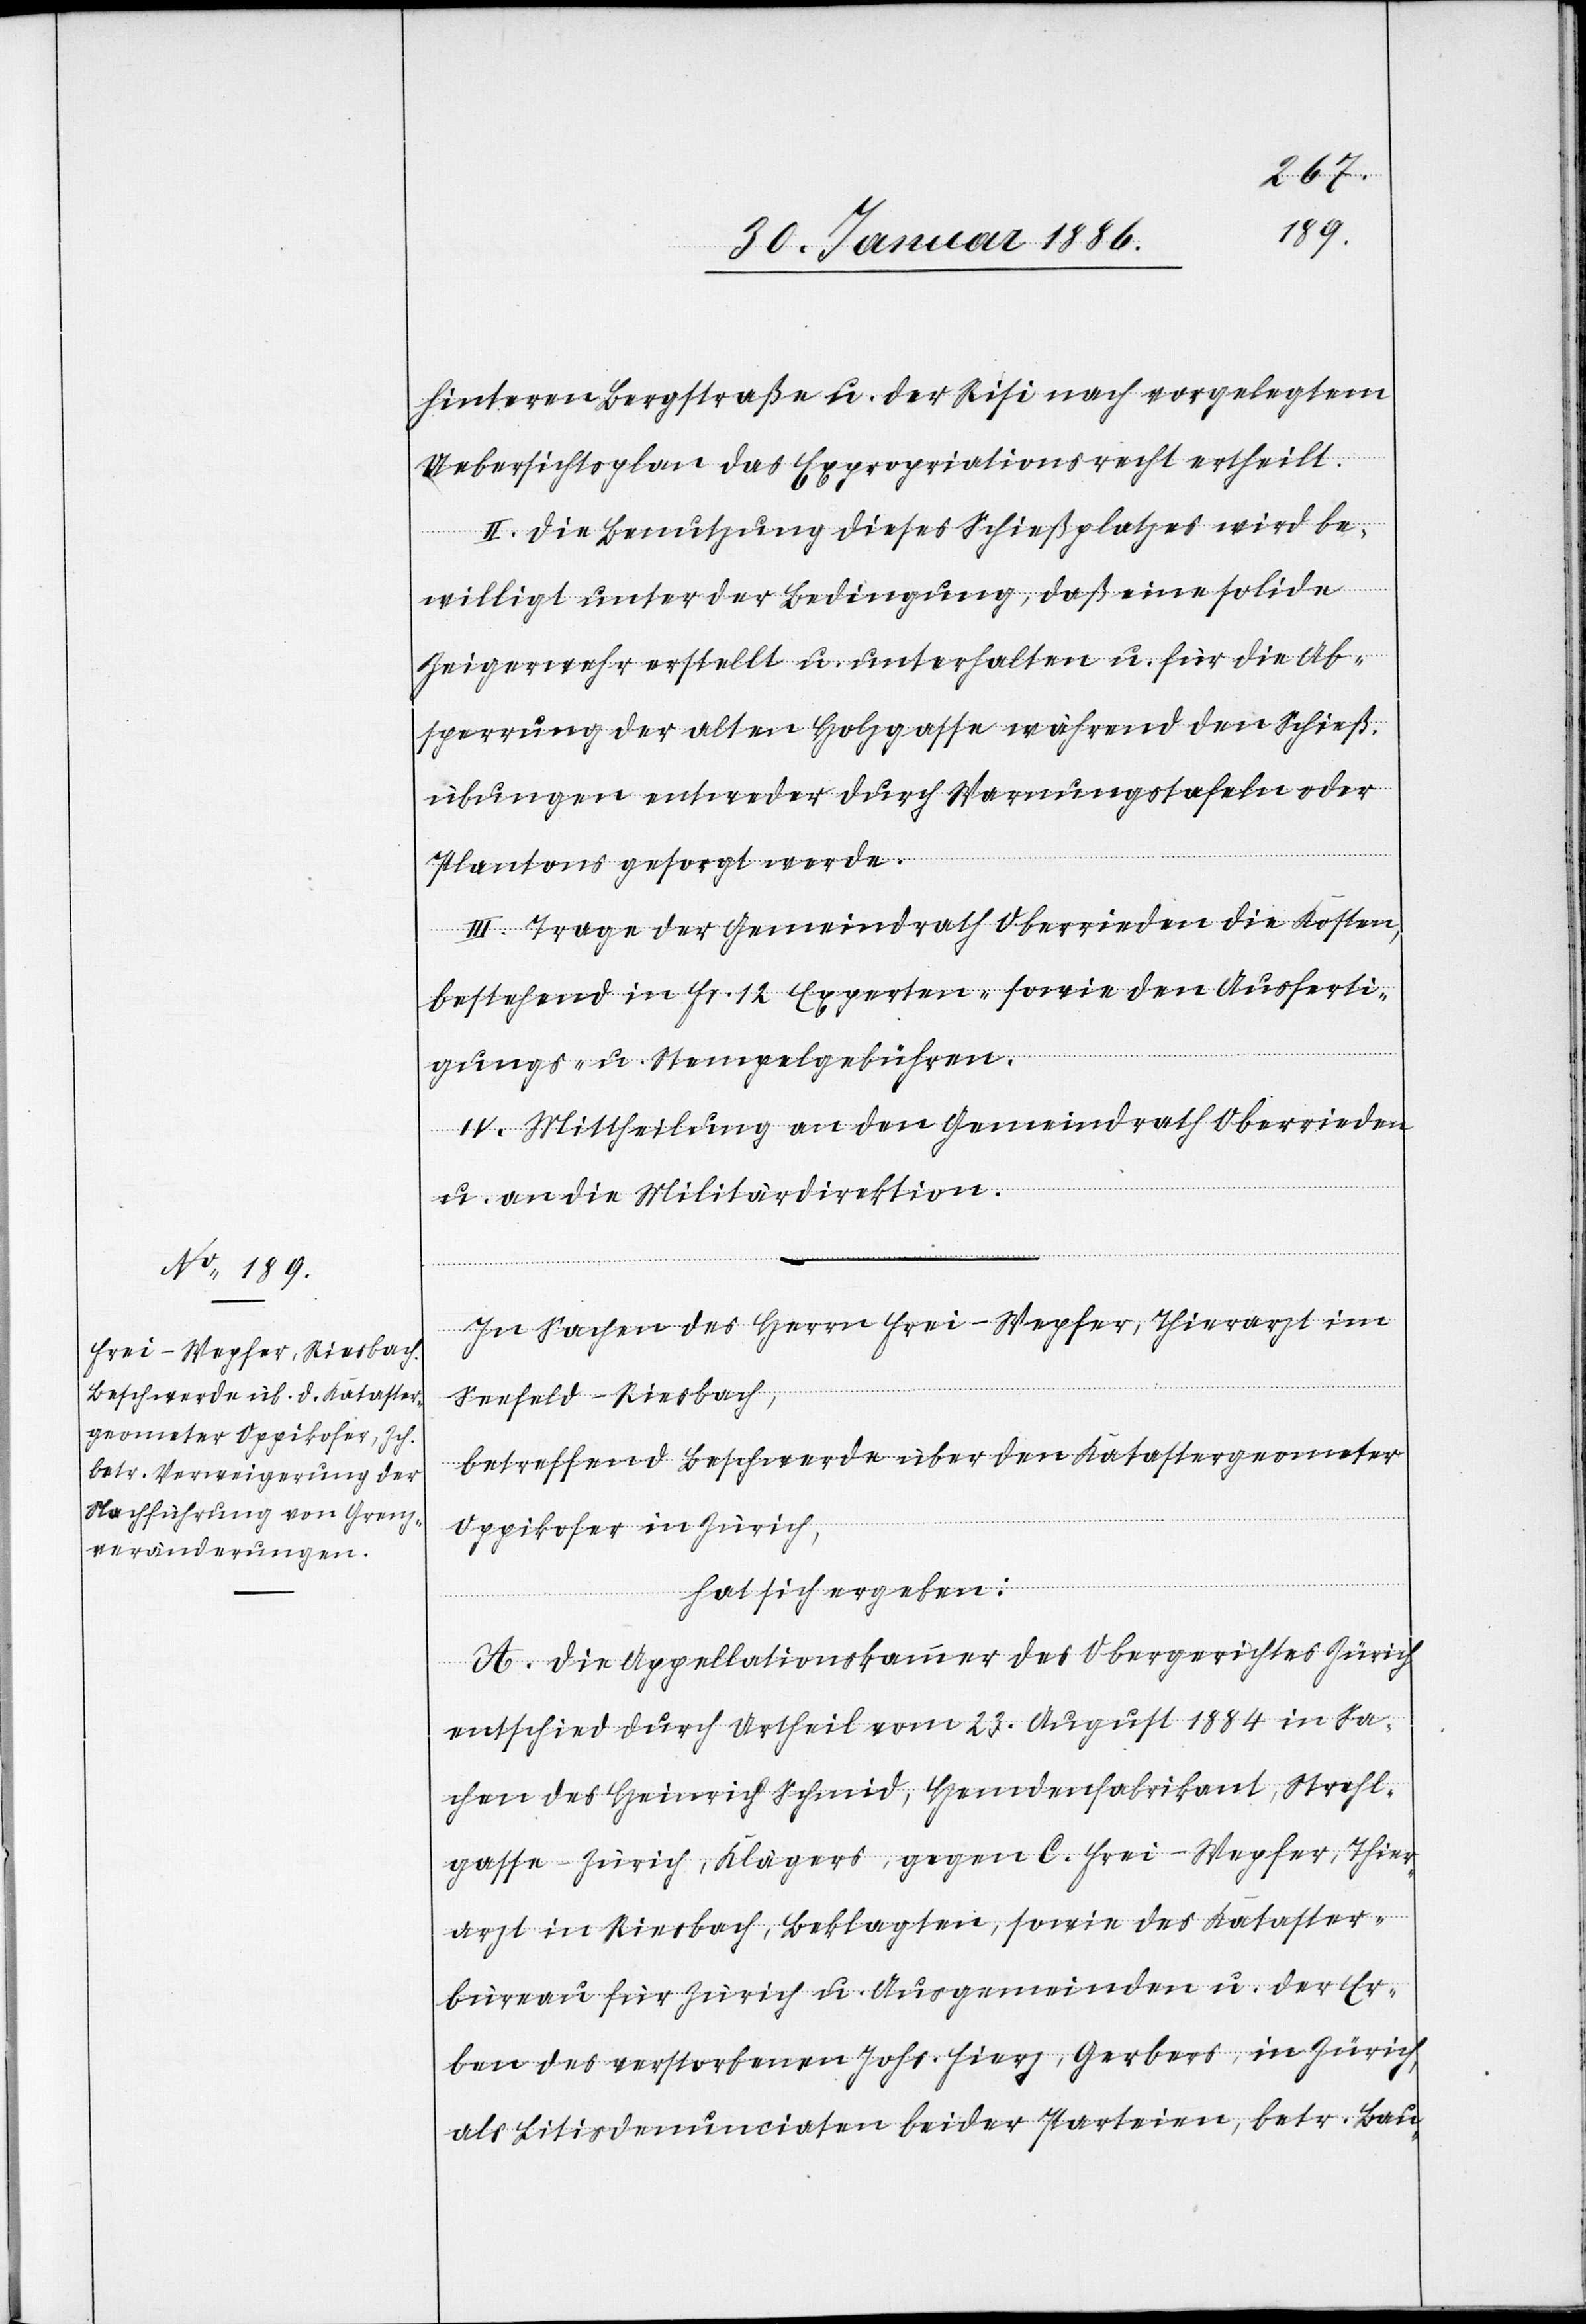
hinteren Bergstraße u. der Risi nach vorgelegtem
Uebersichtsplan das Expropriationsrecht ertheilt.
II. Die Benutzung dieses Schießplatzes wird be¬
willigt unter der Bedingung, daß eine solide
Zeigerwehr erstellt u. unterhalten u. für die Ab¬
sperrung der alten Holzgasse während den Schieß¬
übungen entweder durch Vermögenstafeln oder
Plantons gesorgt werde.
III. Trage der Gemeindrath Oberrieden die Kosten,
bestehend in Fr. 12 Experten- sowie den Ausferti¬
gungs- u. Stempelgebühren.
IV. Mittheilung an den Gemeindrath Oberrieden
u. an die Militärdirektion.
In Sachen des Herrn Frei-Wepfer, Thierarzt im
Seefeld - Riesbach,
betreffend Beschwerde über den Katastergeometer
Oppikofer in Zürich,
hat sich ergeben:
A. Die Appelationskammer des Obergerichtes Zürich
entschied durch Urtheil vom 23. August 1884 in Sa¬
chen des Heinrich Schmid, Hemdenfabrikant, Strahl¬
gasse - Zürich, Klägers, gegen C. Frei - Wepfer, Thier¬
arzt in Riesbach, Beklagten, sowie des Kataster¬
bureau für Zürich u. Ausgemeinden u. der Er¬
ben des verstorbenen Johs. Fierz, Gerbers, in Zürich,
als Litisdenunciaten beider Parteien, betr. Bau-